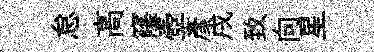
怠高窿壺彦戌致向星